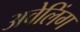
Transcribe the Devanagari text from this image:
अवेलिंग